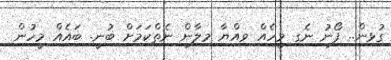
ގުޅިން.. ފޯނު ނެގި މީހެއް ވިއްޔާ މިލާން ނެތްކަމަށް ބުނީ. ބައެއް މީހުން